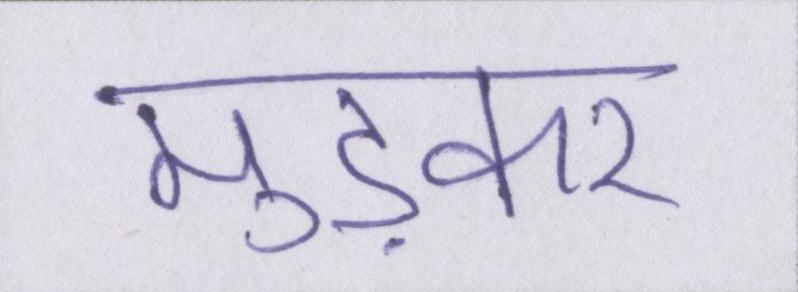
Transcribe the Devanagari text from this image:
मुड़कर